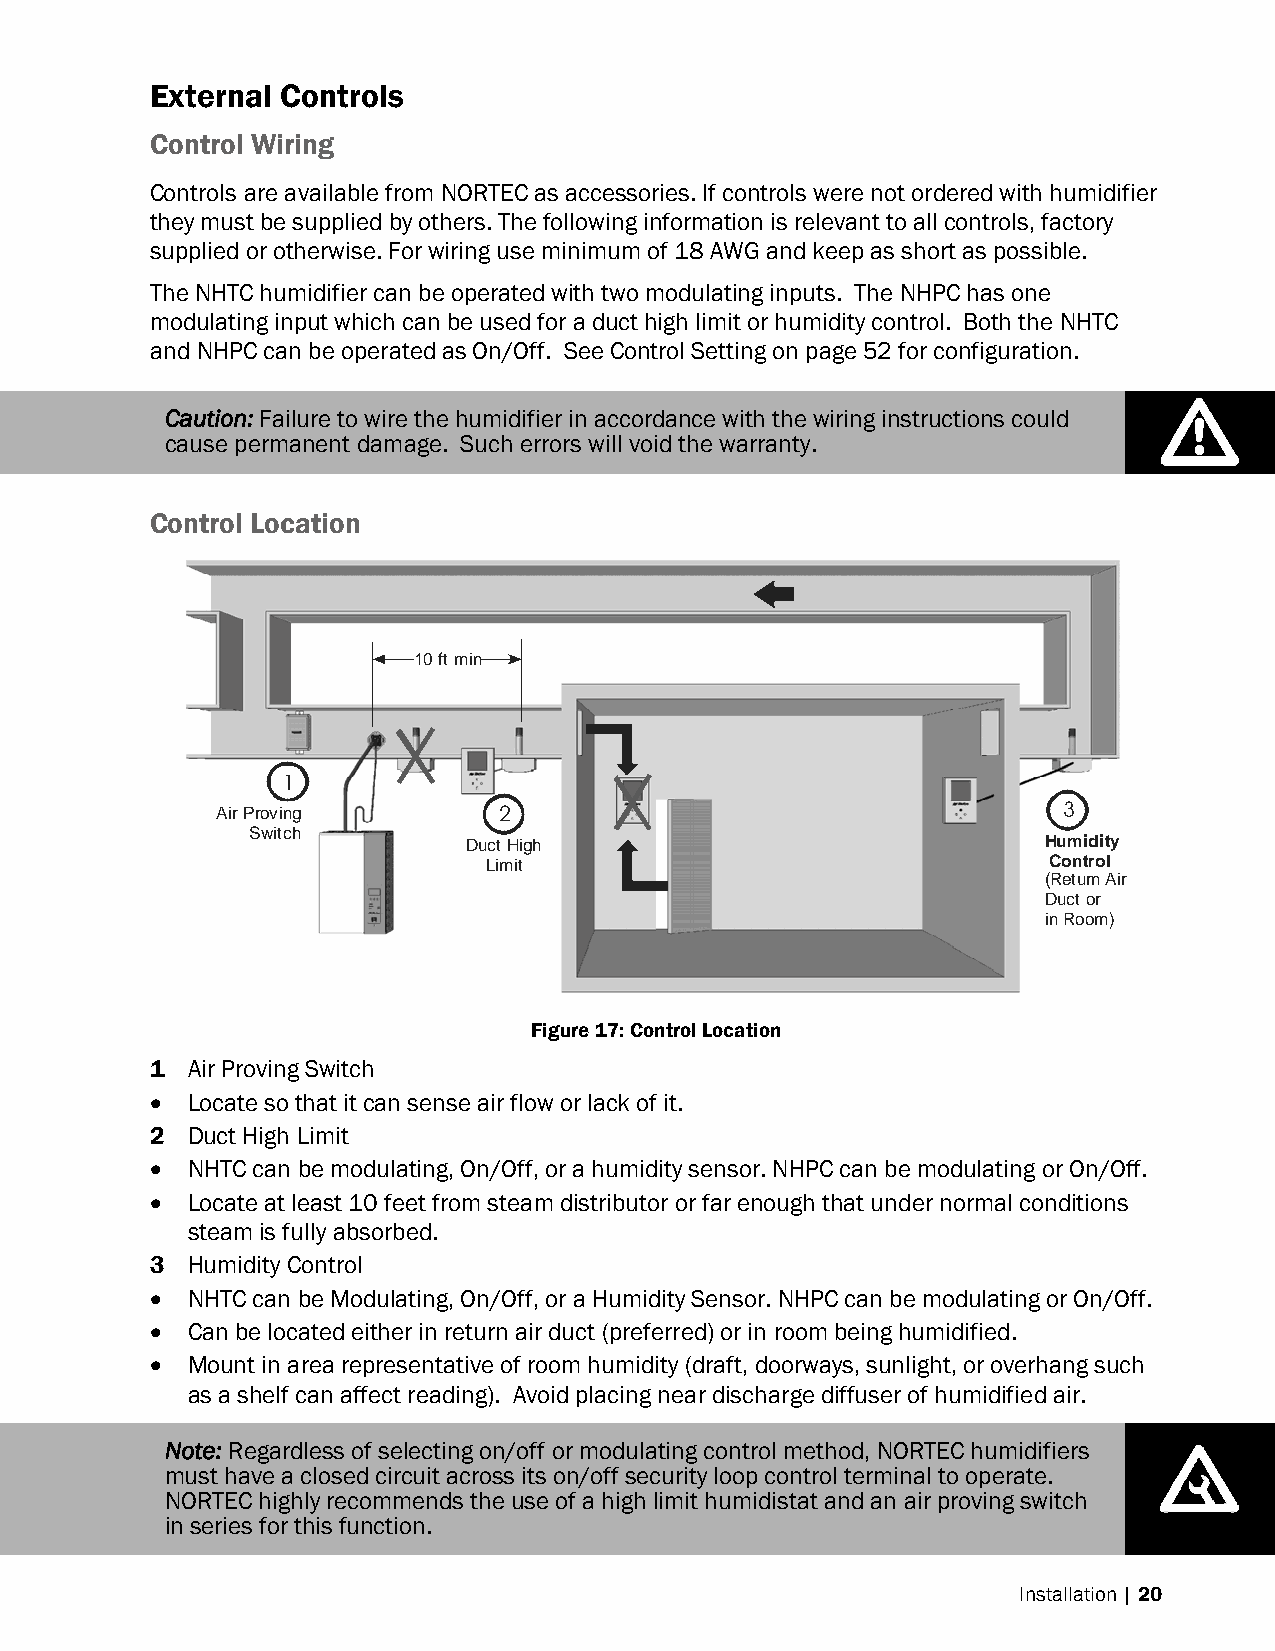
External Controls
 Control Wiring
 Controls are available from NORTEC as accessories. If controls were not ordered with humidifier
 they must be supplied by others. The following information is relevant to all controls, factory
 supplied or otherwise. For wiring use minimum of 18 AWG and keep as short as possible.
 The NHTC humidifier can be operated with two modulating inputs. The NHPC has one
 modulating input which can be used for a duct high limit or humidity control. Both the NHTC
 and NHPC can be operated as On/Off. See Control Setting on page 52 for configuration.
 Caution: Failure to wire the humidifier in accordance with the wiring instructions could
 cause permanent damage. Such errors will void the warranty.
 Control Location
 10 ft min
 1
 Air Proving        2                                    3
 Switch
 Duct High                             Humidity
 Limit                                 Control
 (Return Air
 Duct or
 in Room)
 Figure 17: Control Location
 1 Air Proving Switch
  Locate so that it can sense air flow or lack of it.
 2 Duct High Limit
  NHTC can be modulating, On/Off, or a humidity sensor. NHPC can be modulating or On/Off.
  Locate at least 10 feet from steam distributor or far enough that under normal conditions
 steam is fully absorbed.
 3 Humidity Control
  NHTC can be Modulating, On/Off, or a Humidity Sensor. NHPC can be modulating or On/Off.
  Can be located either in return air duct (preferred) or in room being humidified.
  Mount in area representative of room humidity (draft, doorways, sunlight, or overhang such
 as a shelf can affect reading). Avoid placing near discharge diffuser of humidified air.
 Note: Regardless of selecting on/off or modulating control method, NORTEC humidifiers
 must have a closed circuit across its on/off security loop control terminal to operate.
 NORTEC highly recommends the use of a high limit humidistat and an air proving switch
 in series for this function.
 Installation | 20